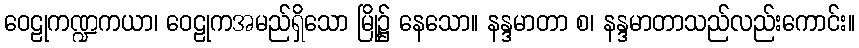
ဝေဠုကဏ္ဍကယာ၊ ဝေဠုကအမည်ရှိသော မြို့၌ နေသော။ နန္ဒမာတာ စ၊ နန္ဒမာတာသည်လည်းကောင်း။